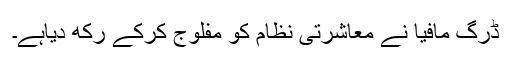
ڈرگ مافیا نے معاشرتی نظام کو مفلوج کرکے رکھ دیاہے۔